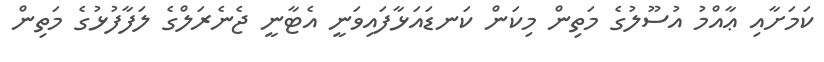
ކަމަށާއި ޢާއްމު އުސޫލުގެ މަތިން މިކަން ކަނޑައަޅާފައިވަނީ އެޓާނީ ޖެނެރަލްގެ ލަފާފުޅުގެ މަތިން